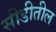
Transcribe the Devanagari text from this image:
सीडीतील